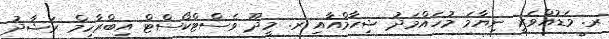
ރ. މަޑުއްވަރީ ނިޔާމަ މުހައްމަދު ޝިހާމްއާއި ރ. މީދޫ ވެސްޓްކޯސްޓް އިބްރާހިމް ރަޝާދު